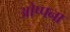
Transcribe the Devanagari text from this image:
ओप्पना